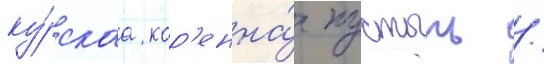
ку́рскаа кор'енна́я пустынь /